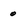
Character: 0